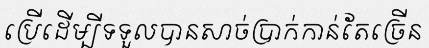
ប្រើដើម្បីទទួលបានសាច់ប្រាក់កាន់តែច្រើន